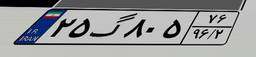
۲۵گ۸۰۵۷۶